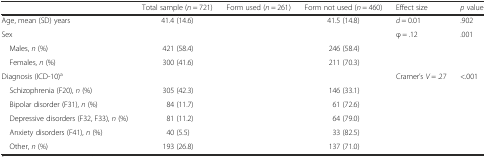
<table><thead><tr><td>[EMPTY_CELL]</td><td><b>Total sample (<i>n</i> = 721)</b></td><td><b>Form used (<i>n</i> = 261)</b></td><td><b>Form not used (<i>n</i> = 460)</b></td><td><b>Effect size</b></td><td><b><i>p</i> value</b></td></tr></thead><tbody><tr><td>Age, mean (SD) years</td><td>41.4 (14.6)</td><td>[EMPTY_CELL]</td><td>41.5 (14.8)</td><td><i>d</i> = 0.01</td><td>.902</td></tr><tr><td>Sex</td><td>[EMPTY_CELL]</td><td>[EMPTY_CELL]</td><td>[EMPTY_CELL]</td><td>φ = .12</td><td>.001</td></tr><tr><td> Males, <i>n</i> (%)</td><td>421 (58.4)</td><td>[EMPTY_CELL]</td><td>246 (58.4)</td><td>[EMPTY_CELL]</td><td>[EMPTY_CELL]</td></tr><tr><td> Females, <i>n</i> (%)</td><td>300 (41.6)</td><td>[EMPTY_CELL]</td><td>211 (70.3)</td><td>[EMPTY_CELL]</td><td>[EMPTY_CELL]</td></tr><tr><td>Diagnosis (ICD-10)<sup>a</sup></td><td>[EMPTY_CELL]</td><td>[EMPTY_CELL]</td><td>[EMPTY_CELL]</td><td>Cramer’s <i>V</i> = .27</td><td>&lt;.001</td></tr><tr><td> Schizophrenia (F20), <i>n</i> (%)</td><td>305 (42.3)</td><td>[EMPTY_CELL]</td><td>146 (33.1)</td><td>[EMPTY_CELL]</td><td>[EMPTY_CELL]</td></tr><tr><td> Bipolar disorder (F31), <i>n</i> (%)</td><td>84 (11.7)</td><td>[EMPTY_CELL]</td><td>61 (72.6)</td><td>[EMPTY_CELL]</td><td>[EMPTY_CELL]</td></tr><tr><td> Depressive disorders (F32, F33), <i>n</i> (%)</td><td>81 (11.2)</td><td>[EMPTY_CELL]</td><td>64 (79.0)</td><td>[EMPTY_CELL]</td><td>[EMPTY_CELL]</td></tr><tr><td> Anxiety disorders (F41), <i>n</i> (%)</td><td>40 (5.5)</td><td>[EMPTY_CELL]</td><td>33 (82.5)</td><td>[EMPTY_CELL]</td><td>[EMPTY_CELL]</td></tr><tr><td> Other, <i>n</i> (%)</td><td>193 (26.8)</td><td>[EMPTY_CELL]</td><td>137 (71.0)</td><td>[EMPTY_CELL]</td><td>[EMPTY_CELL]</td></tr></tbody></table>